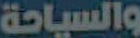
والسياحة